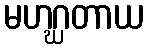
မဟဂ္ဃတာယ